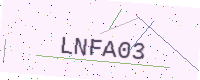
Text: LNFA03